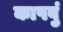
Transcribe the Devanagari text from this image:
कापवुं